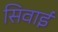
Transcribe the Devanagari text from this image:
सिवाई